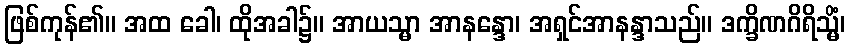
ဖြစ်ကုန်၏။ အထ ခေါ၊ ထိုအခါ၌။ အာယသ္မာ အာနန္ဒော၊ အရှင်အာနန္ဒာသည်။ ဒက္ခိဏဂိရိသ္မိံ၊